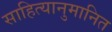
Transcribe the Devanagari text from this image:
साहित्यानुमानित